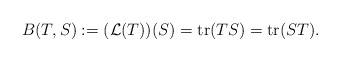
\begin{align*}B(T,S):=({\mathcal L}(T))(S)=\mathrm{tr}(TS)=\mathrm{tr}(ST).\end{align*}